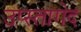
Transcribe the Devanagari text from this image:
उप्स्तागेद